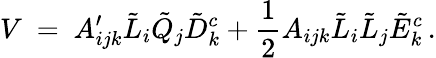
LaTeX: V\ =\ A_{ijk}^{\prime}\tilde{L}_{i}\tilde{Q}_{j}\tilde{D}_{k}^{c}+\frac{1}{2}A_{ijk}\tilde{L}_{i}\tilde{L}_{j}\tilde{E}_{k}^{c}\, .